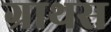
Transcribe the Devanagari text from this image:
ग्राथस